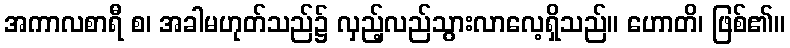
အကာလစာရီ စ၊ အခါမဟုတ်သည်၌ လှည့်လည်သွားလာလေ့ရှိသည်။ ဟောတိ၊ ဖြစ်၏။